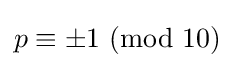
p\equiv \pm 1\ (\mathrm {mod} \ 10)